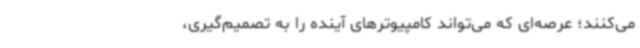
می‌کنند؛ عرصه‌ای که می‌تواند کامپیوترهای آینده را به تصمیم‌گیری،